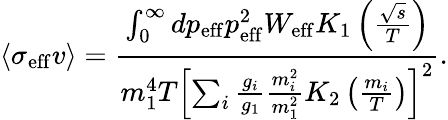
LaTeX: \langle\sigma_{\mathrm{{eff}}}v\rangle=\frac{\int_{0}^{\infty}dp_{\mathrm{eff}}p_{\mathrm{{eff}}}^{2}W_{\mathrm{eff}}K_{1}\left(\frac{\sqrt{s}}{T}\right)}{m_{1}^{4}T\left[\sum_{i}\frac{g_{i}}{g_{1}}\frac{m_{i}^{2}}{m_{1}^{2}}K_{2}\left(\frac{m_{i}}{T}\right)\right]^{2}}.